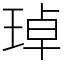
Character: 琸